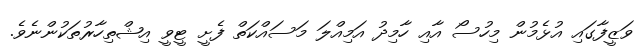
ވަޒީފާގައި އުޅެމުން މިހުސޯ އާއި ހާމިދު އަމިއްލަ މަސައްކަތް ފެށީ ޓީވީ އިޝްތިހާރުތަކުންނެވެ.